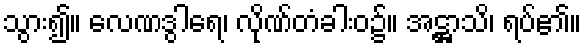
သွား၍။ လေဏဒွါရေ၊ လိုဏ်တံခါးဝ၌။ အဋ္ဌာသိ၊ ရပ်၏။